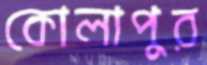
কোলাপুর